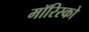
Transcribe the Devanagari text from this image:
मॉरिस्को